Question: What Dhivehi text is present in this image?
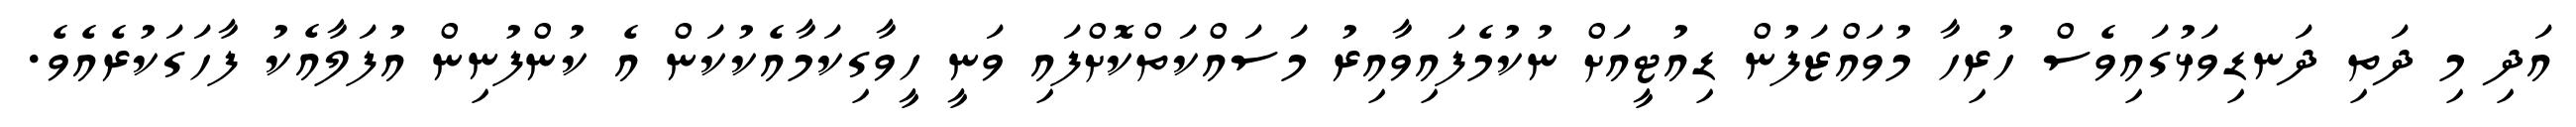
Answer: އަދި މި ދަތި ދަނޑިވަޅުގައިވެސް ހުރިހާ މުވައްޒަފުން ޑިއުޓީއަށް ނުކުމެފައިވާއިރު މަސައްކަތްކޮށްފައި ވަނީ ހީވާގިކަމާއެކުކަން އެ ކުންފުނިން އުފަލާއެކު ފާހަގަކުރެއެވެ.